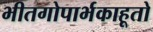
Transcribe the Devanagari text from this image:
भीतगोपार्भकाहूतो